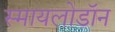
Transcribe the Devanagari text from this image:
स्मायलोडॉन